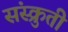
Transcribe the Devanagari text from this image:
संस्क्रुती